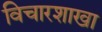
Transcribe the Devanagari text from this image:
विचारशाखा